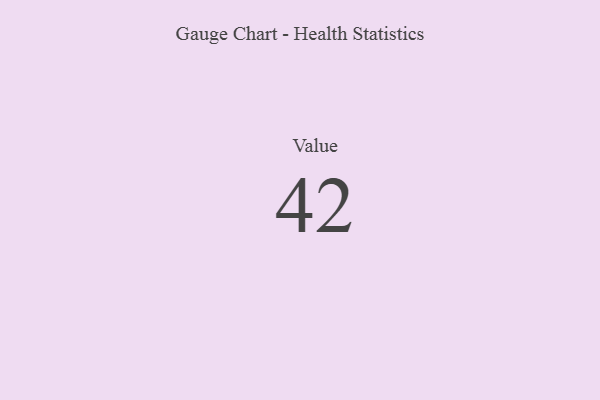
{"axis": {"x": "Metric", "y": "Value"}, "legend": [""], "data": [{"x": "Value", "y": 42, "type": ""}]}